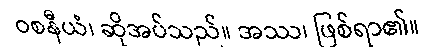
ဝစနီယံ၊ ဆိုအပ်သည်။ အဿ၊ ဖြစ်ရာ၏။